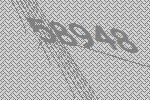
58948